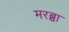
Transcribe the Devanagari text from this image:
मरब्बा